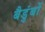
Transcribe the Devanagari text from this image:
बैडुंबों